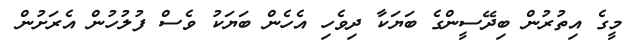
މީގެ އިތުރުން ބިދޭސީންގެ ބަޔަކާ ދިވެހި އެހެން ބަޔަކު ވެސް ފުލުހުން އެރަށުން